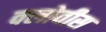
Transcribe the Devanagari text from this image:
क्लोवीस